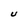
Character: U